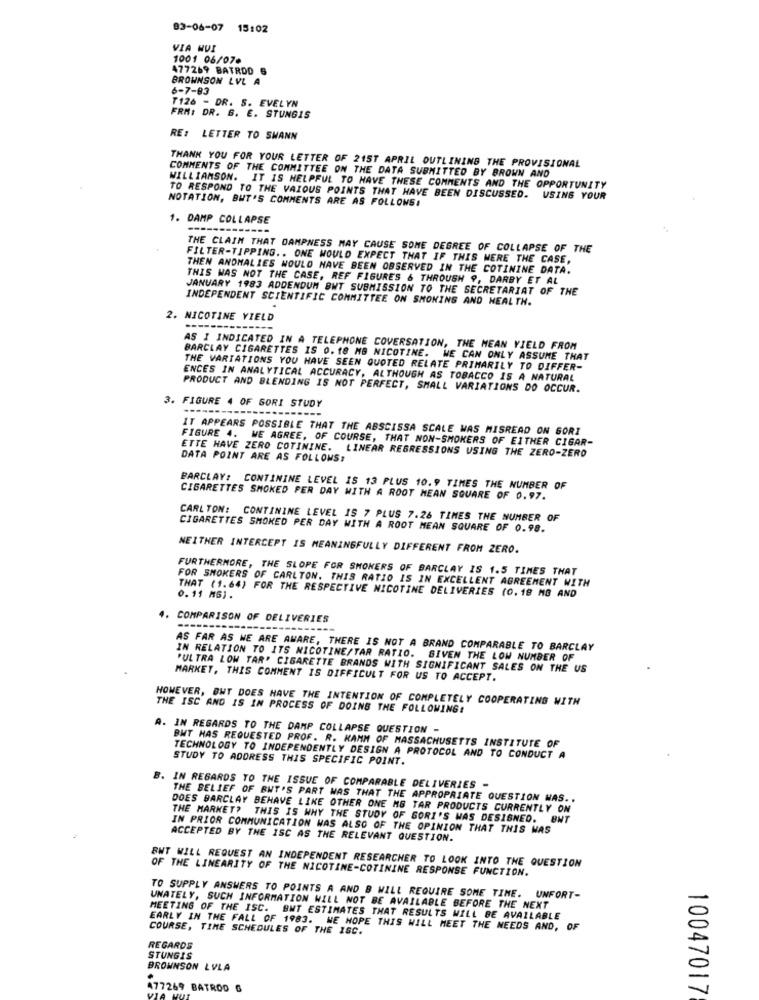
83-06-07 15:02
VIA HUI
1001 06/07.
477269 BATROD 6
BROWNSON LVL A
6-7-83
T126 - DR. S. EVELYN
FRM: DR. G. E. STUNGIS
RE: LETTER TO SMANN
THANK YOU FOR YOUR LETTER OF 215T APRIL OUTLINING THE PROVISIONAL
COMMENTS OF THE COMMITTEE ON THE DATA SUBMITTED BY BROWN AND
WILLIAMSON. IT IS HELPFUL TO HAVE THESE COMMENTS AND THE OPPORTUNITY
NOTATION, BUT'S COMMENTS ARE AS FOLLOWS:
TO RESPOND TO THE VAIOUS POINTS THAT HAVE BEEN DISCUSSED. USING YOUR
1. DAMP COLLAPSE
----
THE CLAIM THAT DAMPNESS MAY CAUSE SOME DEGREE OF COLLAPSE OF THE
FILTER-TIPPING .. ONE WOULD EXPECT THAT IF THIS WERE THE CASE,
THEN ANOMALIES WOULD HAVE BEEN OBSERVED IN THE COTININE DATA.
THIS WAS NOT THE CASE, REF FIGURES & THROUGH 9, DARBY ET AL
JANUARY 1983 ADDENDUM BWT SUBMISSION TO THE SECRETARIAT OF THE
INDEPENDENT SCIENTIFIC COMMITTEE ON SMOKING AND HEALTH.
2. NICOTINE YIELD
AS I INDICATED IN A TELEPHONE COVERSATION, THE MEAN YIELD FROM
BARCLAY CIGARETTES IS 0. 18 MB NICOTINE. WE CAN ONLY ASSUME THAT
THE VARIATIONS YOU HAVE SEEN QUOTED RELATE PRIMARILY TO DIFFER-
ENCES IN ANALYTICAL ACCURACY, ALTHOUGH AS TOBACCO IS A NATURAL
PRODUCT AND BLENDING IS NOT PERFECT, SMALL VARIATIONS DO OCCUR.
3. FIGURE 4 OF SORI STUDY
IT APPEARS POSSIBLE THAT THE ABSCISSA SCALE WAS MISREAD ON GORI
FIGURE 4. WE AGREE, OF COURSE, THAT NON-SMOKERS OF EITHER CIGAR-
ETTE HAVE ZERO COTININE. LINEAR REGRESSIONS USING THE ZERO-ZERO
DATA POINT ARE AS FOLLOWS:
BARCLAY: CONTININE LEVEL IS 13 PLUS 10.9 TIMES THE NUMBER OF
CIGARETTES SMOKED PER DAY WITH A ROOT MEAN SQUARE OF 0.97.
CARLTON: CONTININE LEVEL IS 7 PLUS 7.26 TIMES THE NUMBER OF
CIGARETTES SMOKED PER DAY WITH A ROOT MEAN SQUARE OF 0.98.
NEITHER INTERCEPT IS MEANINGFULLY DIFFERENT FROM ZERO.
FURTHERMORE, THE SLOPE FOR SMOKERS OF BARCLAY IS 1.5 TIMES THAT
FOR SMOKERS OF CARLTON. THIS RATIO IS IN EXCELLENT AGREEMENT WITH
THAT (1.64) FOR THE RESPECTIVE NICOTINE DELIVERIES (0.18 MG AND
0.11 MG) .
4.
COMPARISON OF DELIVERIES
---
AS FAR AS WE ARE AWARE, THERE IS NOT A BRAND COMPARABLE TO BARCLAY
IN RELATION TO ITS NICOTINE/TAR RATIO. GIVEN THE LOW NUMBER OF
"ULTRA LOW TAR' CIGARETTE BRANDS WITH SIGNIFICANT SALES ON THE US
MARKET, THIS COMMENT IS DIFFICULT FOR US TO ACCEPT.
HOWEVER, BUT DOES HAVE THE INTENTION OF COMPLETELY COOPERATING WITH
THE ISC AND IS IN PROCESS OF DOING THE FOLLOWING:
A. IN REGARDS TO THE DAMP COLLAPSE QUESTION -
BWT HAS REQUESTED PROF. R. KAMM OF MASSACHUSETTS INSTITUTE OF
TECHNOLOGY TO INDEPENDENTLY DESIGN A PROTOCOL AND TO CONDUCT A
STUDY TO ADDRESS THIS SPECIFIC POINT.
. IN REGARDS TO THE ISSUE OF COMPARABLE DELIVERIES -
THE BELIEF OF BUT'S PART WAS THAT THE APPROPRIATE QUESTION WAS ..
DOES BARCLAY BEHAVE LIKE OTHER ONE MS TAR PRODUCTS CURRENTLY ON
THE MARKET? THIS IS WHY THE STUDY OF SORI'S WAS DESIGNED. BUT
IN PRIOR COMMUNICATION WAS ALSO OF THE OPINION THAT THIS WAS
ACCEPTED BY THE ISC AS THE RELEVANT QUESTION.
BWT WILL REQUEST AN INDEPENDENT RESEARCHER TO LOOK INTO THE QUESTION
OF THE LINEARITY OF THE NICOTINE-COTININE RESPONSE FUNCTION.
TO SUPPLY ANSWERS TO POINTS A AND B WILL REQUIRE SOME TIME. UNFORT-
UNATELY, SUCH INFORMATION WILL NOT BE AVAILABLE BEFORE THE NEXT
MEETING OF THE ISC. BMT ESTIMATES THAT RESULTS WILL BE AVAILABLE
EARLY IN THE FALL OF 1983. WE HOPE THIS WILL MEET THE NEEDS AND, OF
COURSE, TIME SCHEDULES OF THE ISC.
REGARDS
STUNGIS
BROWNSON LVLA
477269 BATROD 6
10047017